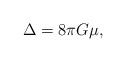
LaTeX: \begin{align*}\Delta = 8\pi G\mu,\end{align*}